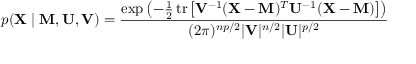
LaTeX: p ( \mathbf { X } \mid \mathbf { M } , \mathbf { U } , \mathbf { V } ) = { \frac { \exp \left( - { \frac { 1 } { 2 } } \, \mathrm { t r } \left[ \mathbf { V } ^ { - 1 } ( \mathbf { X } - \mathbf { M } ) ^ { T } \mathbf { U } ^ { - 1 } ( \mathbf { X } - \mathbf { M } ) \right] \right) } { ( 2 \pi ) ^ { n p / 2 } | \mathbf { V } | ^ { n / 2 } | \mathbf { U } | ^ { p / 2 } } }